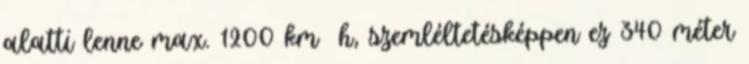
alatti lenne max. 1200 km h, szemléltetésképpen ez 340 méter